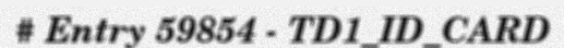
# Entry 59854 - TD1_ID_CARD